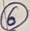
Text: 6